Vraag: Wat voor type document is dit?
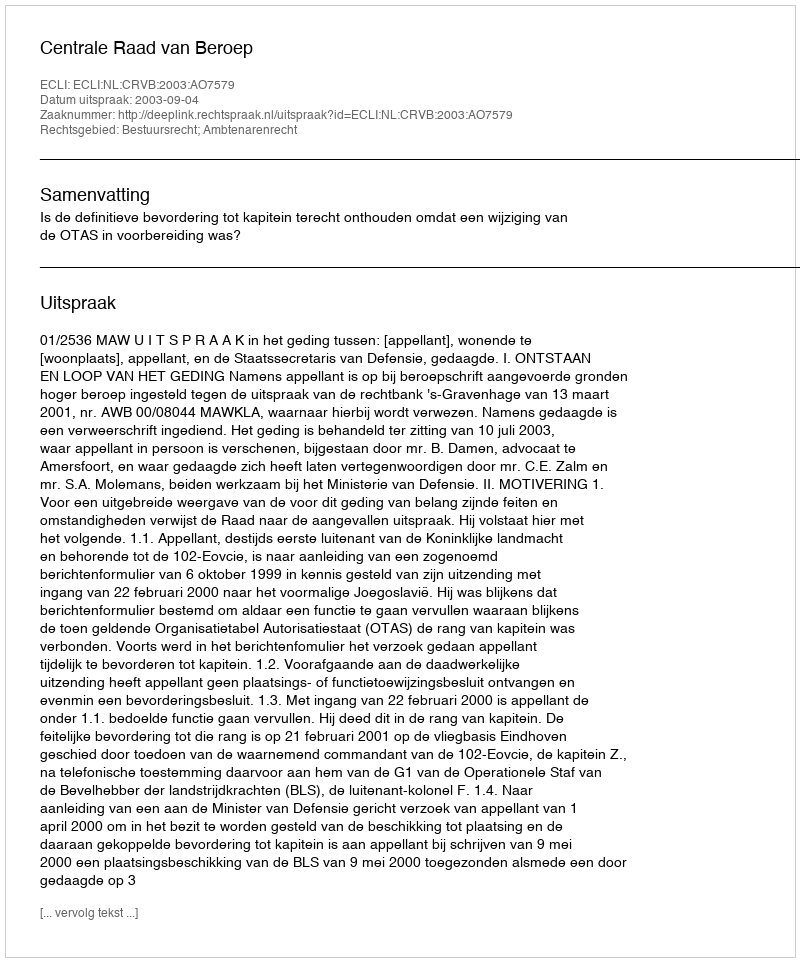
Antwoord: Uitspraak